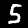
Digit: 5